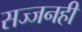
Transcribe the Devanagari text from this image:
सज्जनही